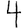
Digit: 4